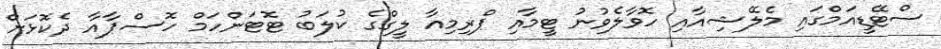
ސްޓޭޑީއަމްގައި މެލޭޝިއާއި ހޮވާލެވުނު ޓީމާއި ޕްރިމިއާ ލީގްގެ ކުލަބު ޓޮޓަންހަމް ހޮސްޕާއާ ދެކޮޅަށް